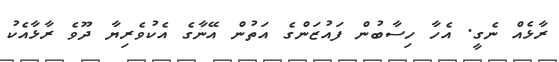
ރާޅެއް ނެގީ. އެހާ ހިސާބުން ފައުޒަންގެ އަތުން އޭނާގެ އެކުވެރިޔާ ދޫވެ ރާޅާއެކު